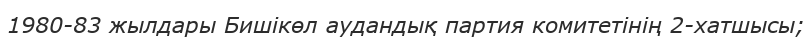
1980-83 жылдары Бишікөл аудандық партия комитетінің 2-хатшысы;